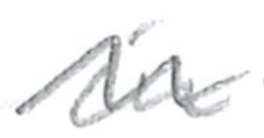
Text: in
Cross-out: mix
Writing tool: pencil